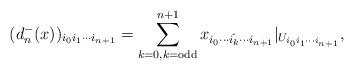
LaTeX: \begin{align*}(d_n^-(x))_{i_0i_1\cdots i_{n+1}}=\sum_{k=0,k=\textrm{odd}}^{n+1} x_{i_0\cdots \hat{i_k}\cdots i_{n+1}}|_{U_{i_0i_1\cdots i_{n+1}}},\end{align*}